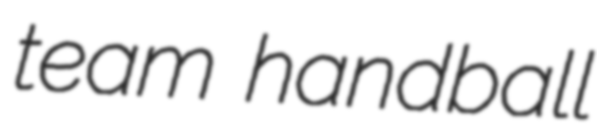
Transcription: team handball